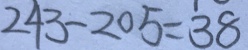
2 4 3 - 2 0 5 = 3 8